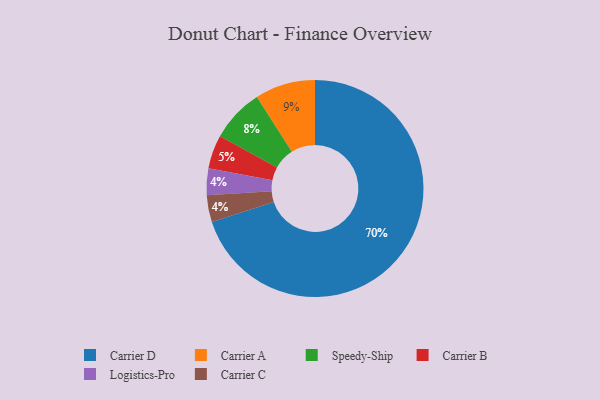
{"axis": {"x": "Category", "y": "Percentage"}, "legend": ["Carrier A", "Carrier B", "Carrier C", "Carrier D", "Logistics-Pro", "Speedy-Ship"], "data": [{"x": "Carrier D", "y": 70, "type": "Carrier D"}, {"x": "Carrier B", "y": 5, "type": "Carrier B"}, {"x": "Speedy-Ship", "y": 8, "type": "Speedy-Ship"}, {"x": "Logistics-Pro", "y": 4, "type": "Logistics-Pro"}, {"x": "Carrier C", "y": 4, "type": "Carrier C"}, {"x": "Carrier A", "y": 9, "type": "Carrier A"}]}